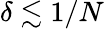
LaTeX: \delta\lesssim 1/N